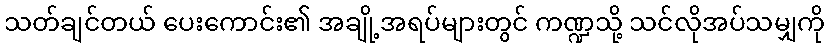
သတ်ချင်တယ် ပေးကောင်း၏ အချို့အရပ်များတွင် ကဏ္ဍသို့ သင်လိုအပ်သမျှကို